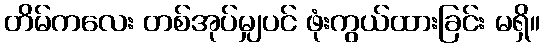
တိမ်ကလေး တစ်အုပ်မျှပင် ဖုံးကွယ်ထားခြင်း မရှိ။